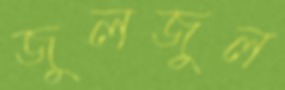
জুলজুল